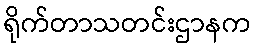
ရိုက်တာသတင်းဌာနက